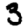
Digit: 3